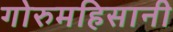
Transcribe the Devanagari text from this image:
गोरुमहिसानी